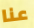
عنا